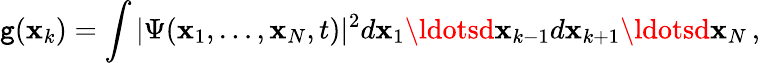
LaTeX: \mathtt{g}({\mathbf{x}}_{k})=\int|\Psi({\mathbf{x}}_{1},\ldots,{\mathbf{x}}_{N},t)|^{2}d{\mathbf{x}}_{1}\ldotsd{\mathbf{x}}_{k-1}d{\mathbf{x}}_{k+1}\ldotsd{\mathbf{x}}_{N}\, ,